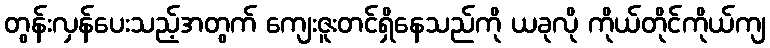
တွန်းလှန်ပေးသည့်အတွက် ကျေးဇူးတင်ရှိနေသည်ကို ယခုလို ကိုယ်တိုင်ကိုယ်ကျ